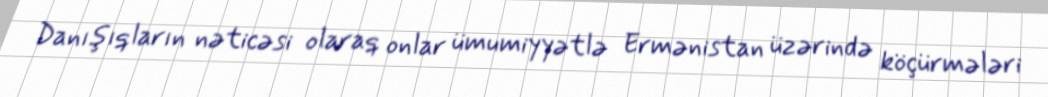
Danışıqların nəticəsi olaraq onlar ümumiyyətlə Ermənistan üzərində köçürmələri